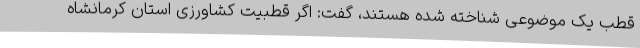
قطب یک موضوعی شناخته شده هستند، گفت: اگر قطبیت کشاورزی استان کرمانشاه